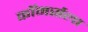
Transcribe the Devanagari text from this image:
कॉमर्सला